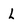
Character: L